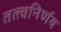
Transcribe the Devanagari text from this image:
तत्त्वनिर्णय